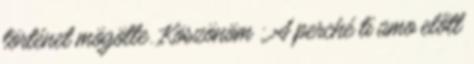
történet mögötte. Köszönöm : A perché ti amo előtt